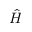
\hat { H }